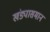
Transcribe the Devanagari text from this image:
खंड्यासमान